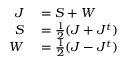
\begin{array} { r l } { J } & { { } = S + W } \\ { S } & { { } = \frac { 1 } { 2 } ( J + J ^ { t } ) } \\ { W } & { { } = \frac { 1 } { 2 } ( J - J ^ { t } ) } \end{array}